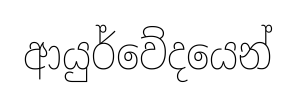
ආයුර්වේදයෙන්